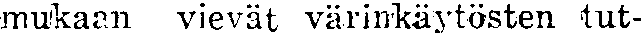
mukaan vievät värinkäytösten tut-